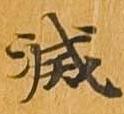
滅